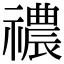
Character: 禯